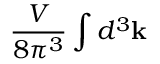
\frac { V } { 8 \pi ^ { 3 } } \int d ^ { 3 } \mathbf { k }